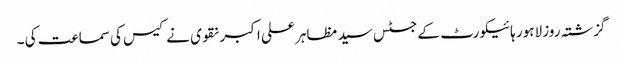
گزشتہ روز لاہور ہائیکورٹ کے جسٹس سید مظاہر علی اکبر نقوی نے کیس کی سماعت کی ۔